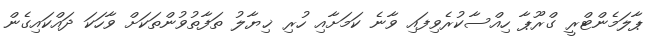
ޕާލަމެންޓްރީ ގްރޫޕާ ހިއްސާކުރެވިފައި ވާނެ ކަމަށާއި ހުރި ޚިޔާލު ތަފާތުވުންތަކަށް ވާހަކަ ދައްކައިގެން